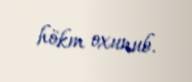
hökm oxunub.